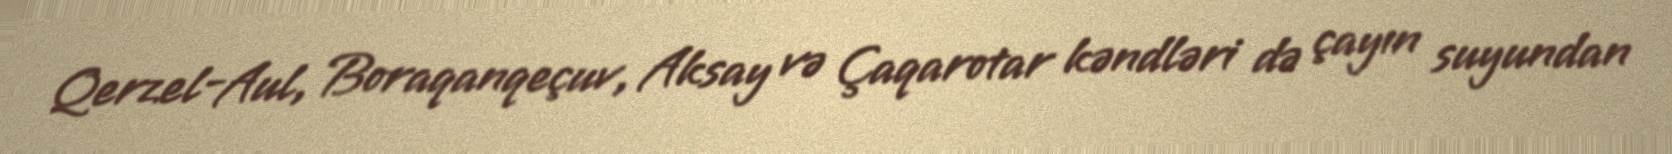
Qerzel-Aul, Boraqanqeçuv, Aksay və Çaqarotar kəndləri də çayın suyundan